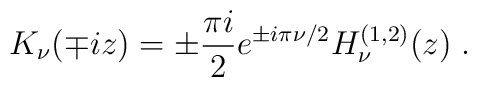
K_{\nu}(\mp iz) =\pm \frac{\pi i}{2} e^{\pm i \pi \nu/2}H^{(1,2)}_{\nu}(z)\; .